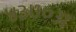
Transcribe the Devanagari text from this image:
४३७०अ